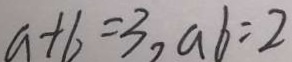
a + b = 3 , a b = 2